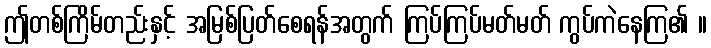
ဤတစ်ကြိမ်တည်းနှင့် အမြစ်ပြတ်စေရန်အတွက် ကြပ်ကြပ်မတ်မတ် ကွပ်ကဲနေကြ၏ ။